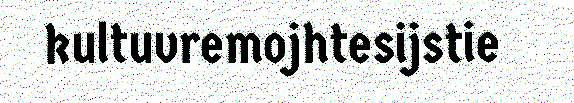
kultuvremojhtesijstie